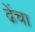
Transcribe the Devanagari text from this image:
ढेंचा